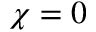
\chi = 0